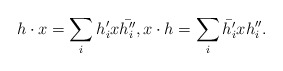
\begin{align*}h\cdot x = \sum_i h'_ix\bar{h_i''},x\cdot h = \sum_i \bar{h'_i}xh_i''.\end{align*}